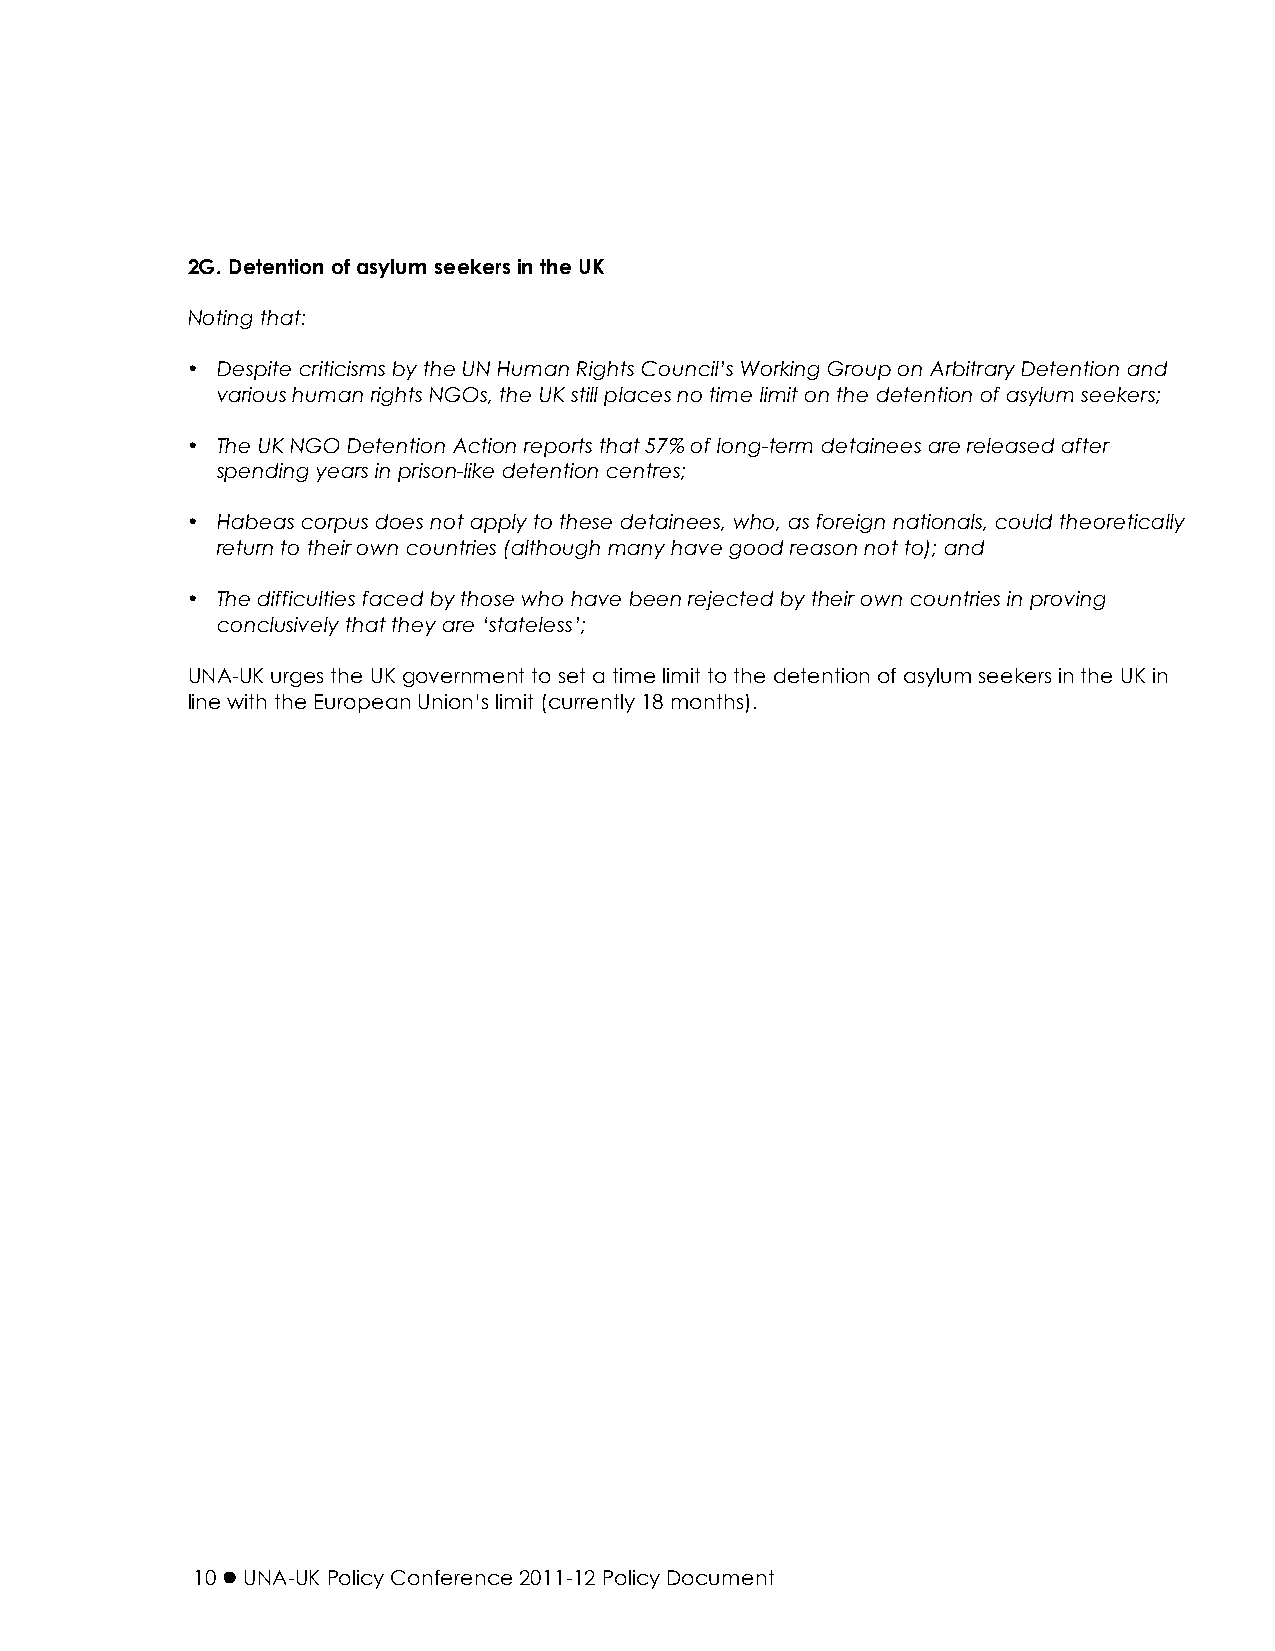
2G. Detention of asylum seekers in the UK
 Noting that:
 • Despite criticisms by the UN Human Rights Council’s Working Group on Arbitrary Detention and
 various human rights NGOs, the UK still places no time limit on the detention of asylum seekers;
 • The UK NGO Detention Action reports that 57% of long-term detainees are released after
 spending years in prison-like detention centres;
 • Habeas corpus does not apply to these detainees, who, as foreign nationals, could theoretically
 return to their own countries (although many have good reason not to); and
 • The difficulties faced by those who have been rejected by their own countries in proving
 conclusively that they are ‘stateless’;
 UNA-UK urges the UK government to set a time limit to the detention of asylum seekers in the UK in
 line with the European Union’s limit (currently 18 months).
 10  UNA-UK Policy Conference 2011-12 Policy Document